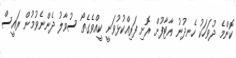
ކޮންމެ ދުވަހަކު ހެނދުނު އާޓާފުށް ރޮށި ފަރިއްކުޅުވަނީ ކީއްވެގެތޯ ސުވާލު ދެންނެވުމުން ރައީސް